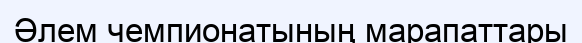
Әлем чемпионатының марапаттары